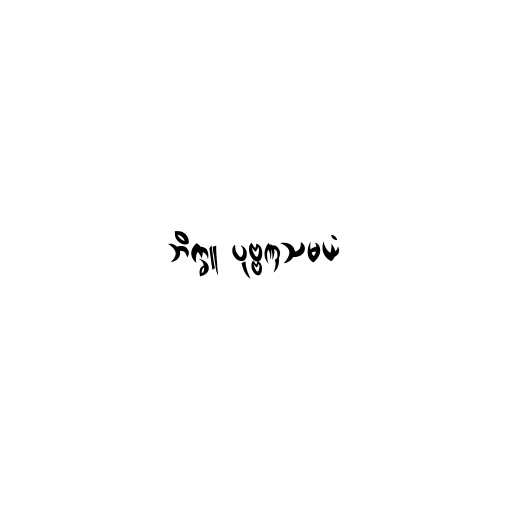
ဘိက္ခူ ပုဗ္ဗဏှသမယံ